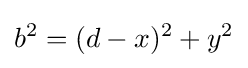
b^{2}=(d-x)^{2}+y^{2}